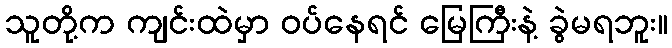
သူတို့က ကျင်းထဲမှာ ဝပ်နေရင် မြေကြီးနဲ့ ခွဲမရဘူး။